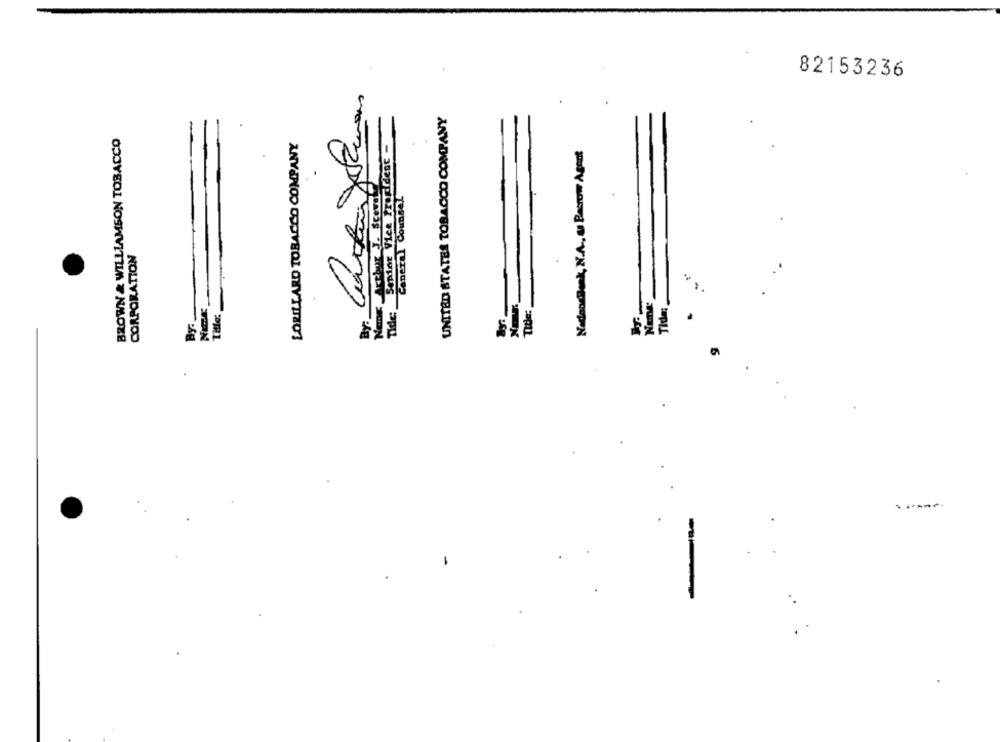
82153236
UNITED STATES TOBACCO COMPANY
BROWN & WILLIAMSON TOBACCO
Tide: Senior Vice Propidesc=
NadonsBank, N.A ., u Bacrow Agent
Name: Arthur J. Scevette
CORPORATION
Title:
-